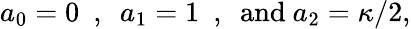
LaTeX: a_{0}=0~~,~~a_{1}=1~~,~~\textrm{and}\ a_{2}=\kappa/2,